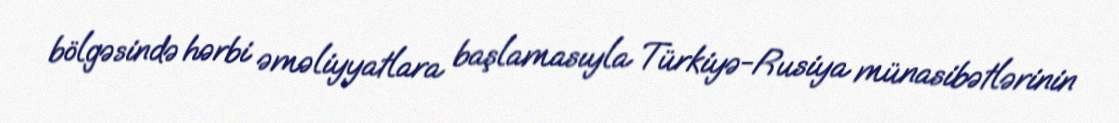
bölgəsində hərbi əməliyyatlara başlamasıyla Türkiyə-Rusiya münasibətlərinin